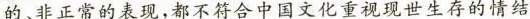
的、非正常的表现,都不符合中国文化重视现世生存的情结